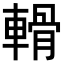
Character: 𨍾